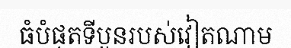
ធំបំផុតទីបួនរបស់វៀតណាម